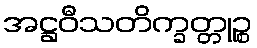
အဋ္ဌဝီသတိက္ခတ္တုဉ္စ